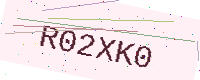
Text: R02XK0